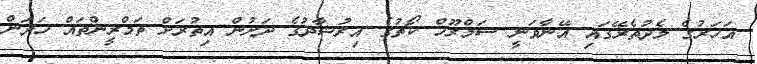
އަހަރުގެ މެދުތެރޭގައި އޭނާވަނީ ސަމްރޫހް ކޯޗުގެ އިރުޝާދުގެ ދަށުން އިތުރަށް ތަމްރީންތައް ހަދަން